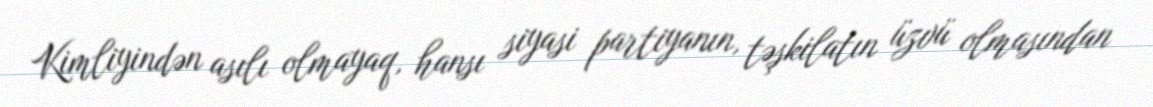
Kimliyindən asılı olmayaq, hansı siyasi partiyanın, təşkilatın üzvü olmasından